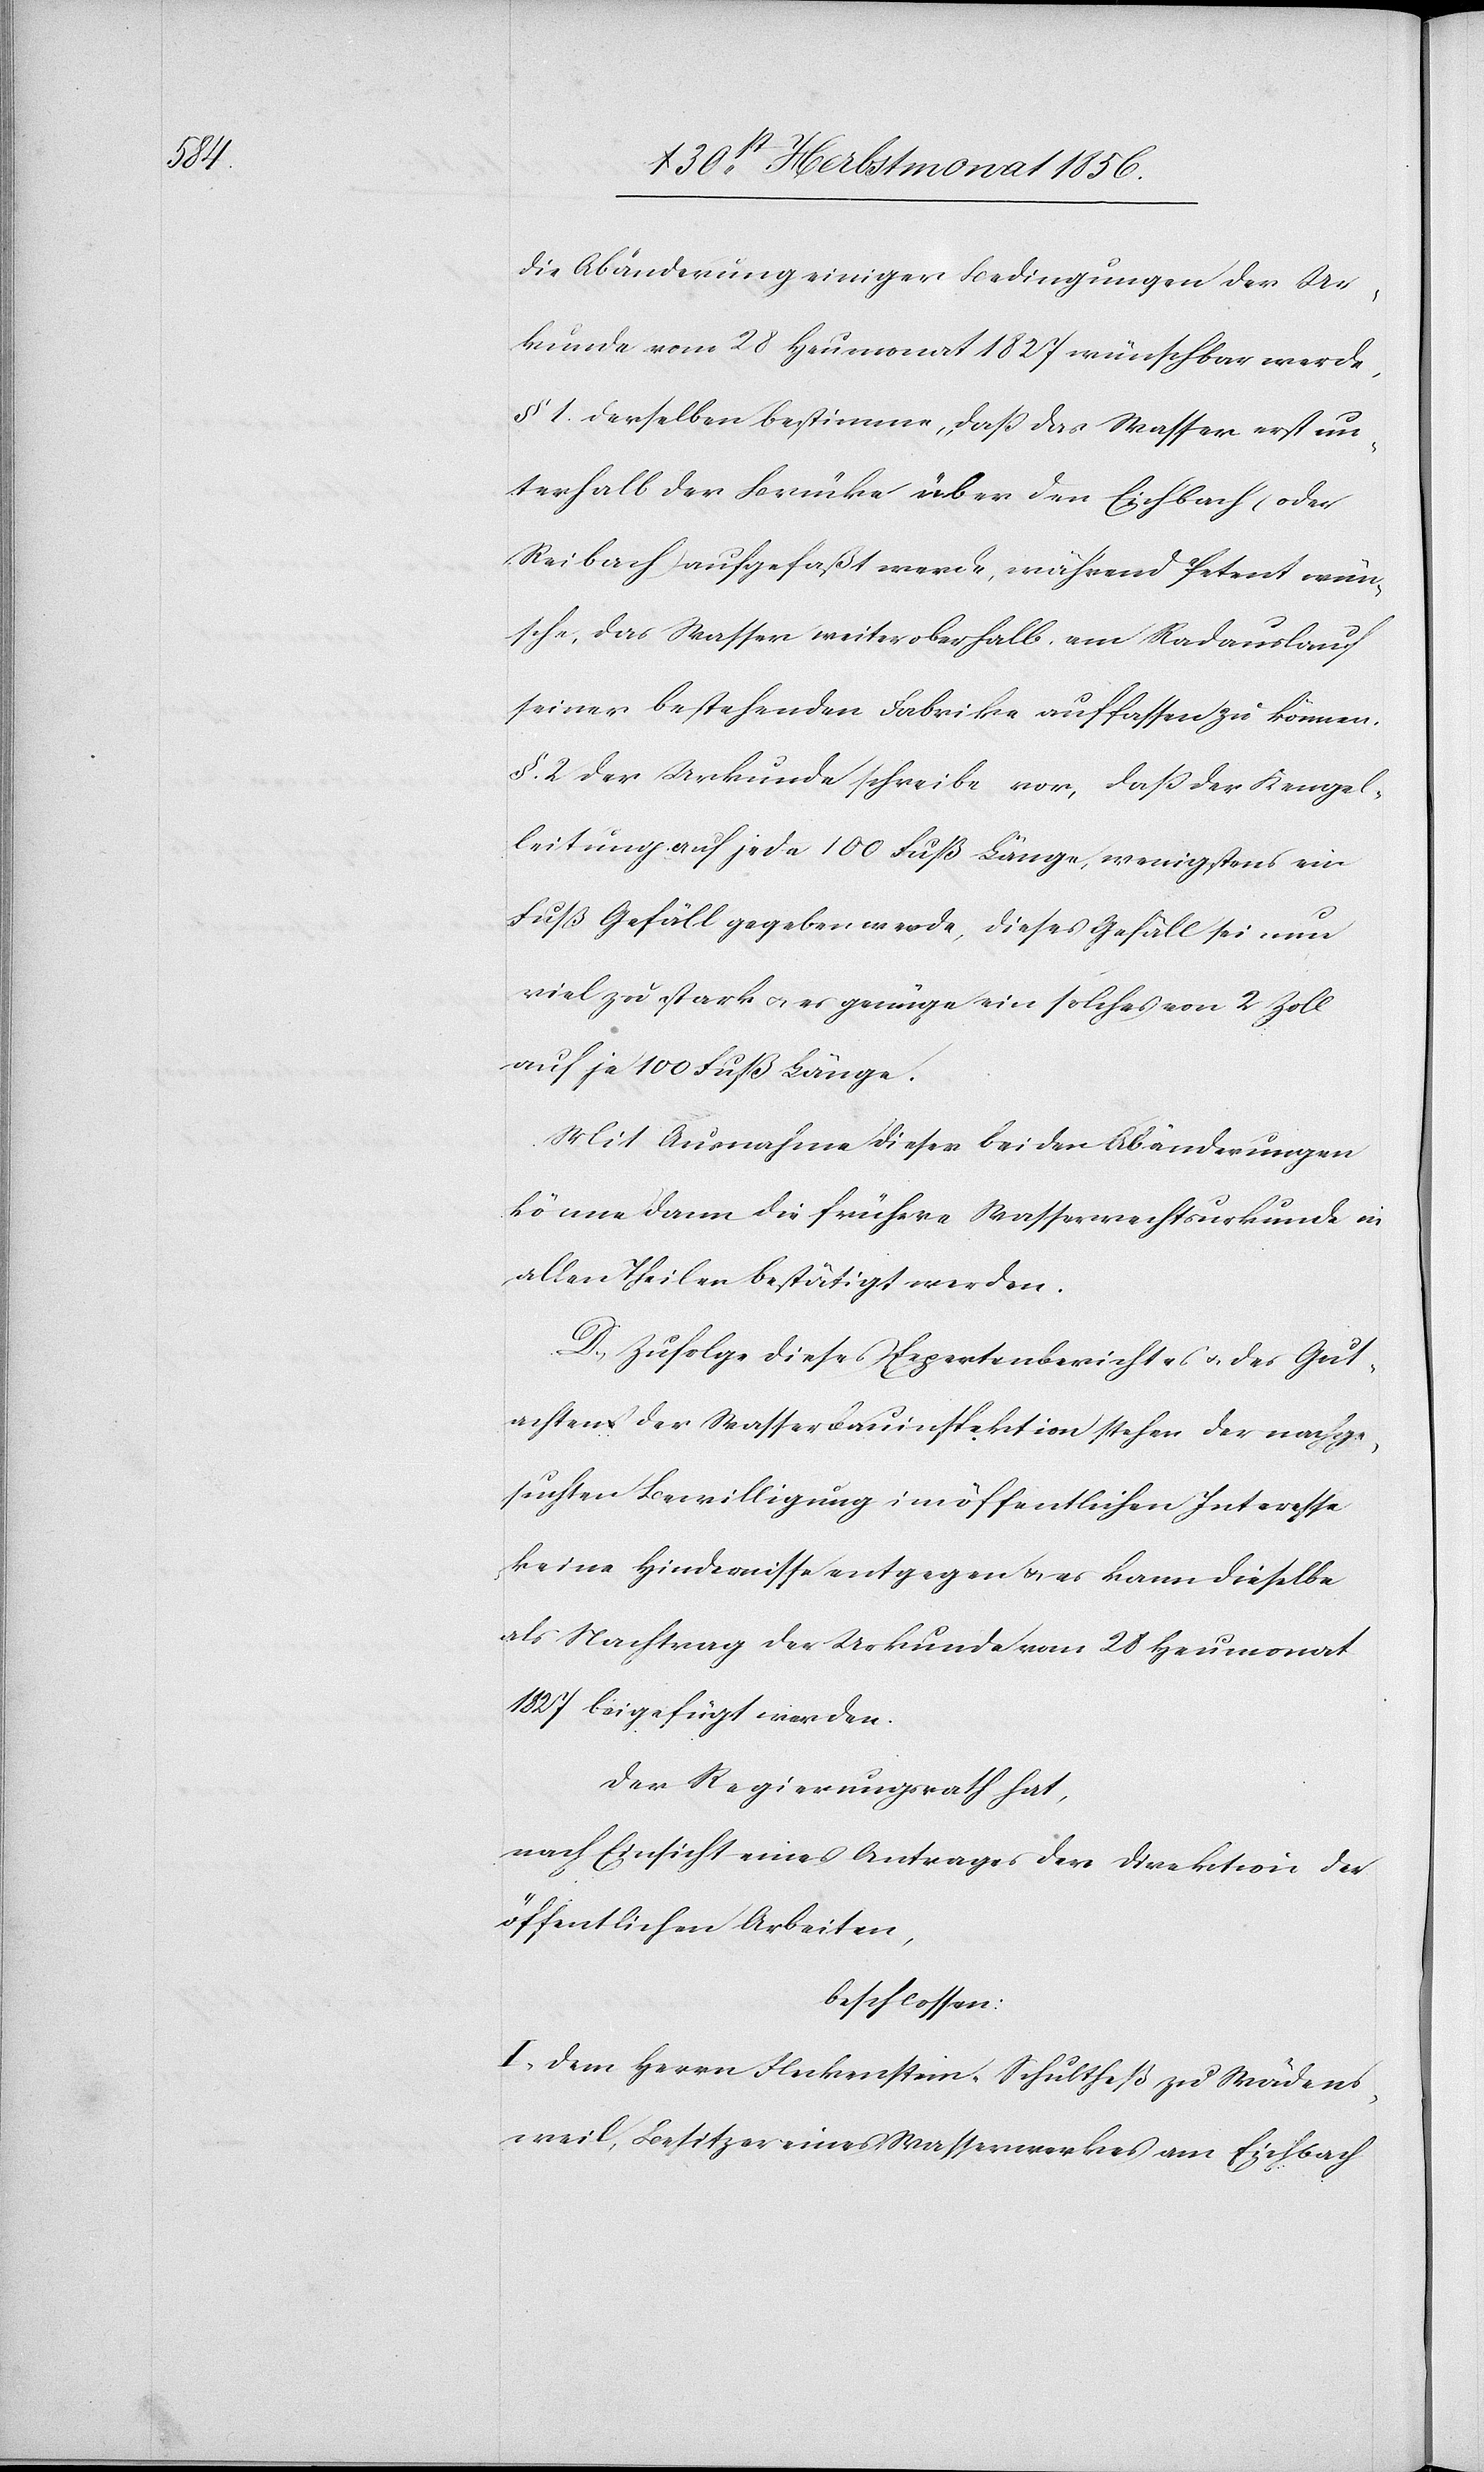
die Abänderung einiger Bedingungen der Ur¬
kunde vom 28 Heumonat 1827 wünschbar werde,
§ 1. derselben bestimme, dass das Wasser erst un¬
terhalb der Brücke über den Eichbach (oder
Reibach) aufgefaßt werde, während Petent wün¬
sche, das Wasser weiter oberhalb, am Radauslauf
seiner bestehenden Fabrike auffassen zu können.
§ 2. der Urkunde schreibe vor, dass der Kengel¬
leitung auf jede 100 Fuß Länge, wenigstens ein
Fuß Gefäll gegeben werde, dieses Gefäll sei nun
viel zu stark u. es genüge ein solches von 2 Zoll
auf je 100 Fuß Länge.
Mit Ausnahme dieser beiden Abänderungen
könne dann die frühere Wasserrechtsurkunde in
allen Theilen bestätigt werden.
D.) Zufolge dieses Expertenberichtes u. des Gut¬
achtes der Wasserbauinspektion stehen der nachge¬
suchten Bewilligung im öffentlichen Interesse
keine Hindernisse entgegen & es kann dieselbe
als Nachtrag der Urkunde vom 28 Heumonat
1827 beigefügt werden.
Der Regierungsrath hat,
nach Einsicht eines Antrages der Direktion der
öffentlichen Arbeiten,
beschlossen:
I. Dem Herrn Fleckenstein-Schultheß zu Wädens¬
weil, Besitzer eines Wasserwerkes am Eichbach